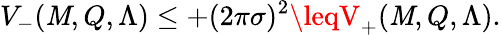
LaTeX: V_{-}(\mathit{M},Q,\Lambda)\leq+(2\pi\sigma)^{2}\leqV_{+}(\mathit{M},Q,\Lambda).